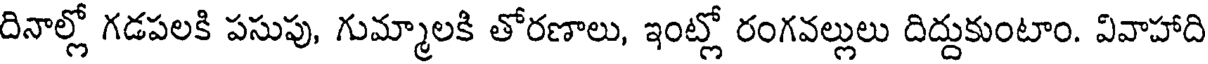
దినాల్లో గడపలకి పసుపు, గుమ్మాలకి తోరణాలు, ఇంట్లో రంగవల్లులు దిద్దుకుంటాం. వివాహాది